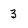
Character: 3